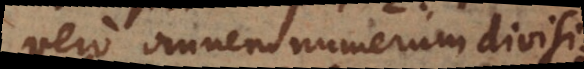
vero omnem numerum divisibi